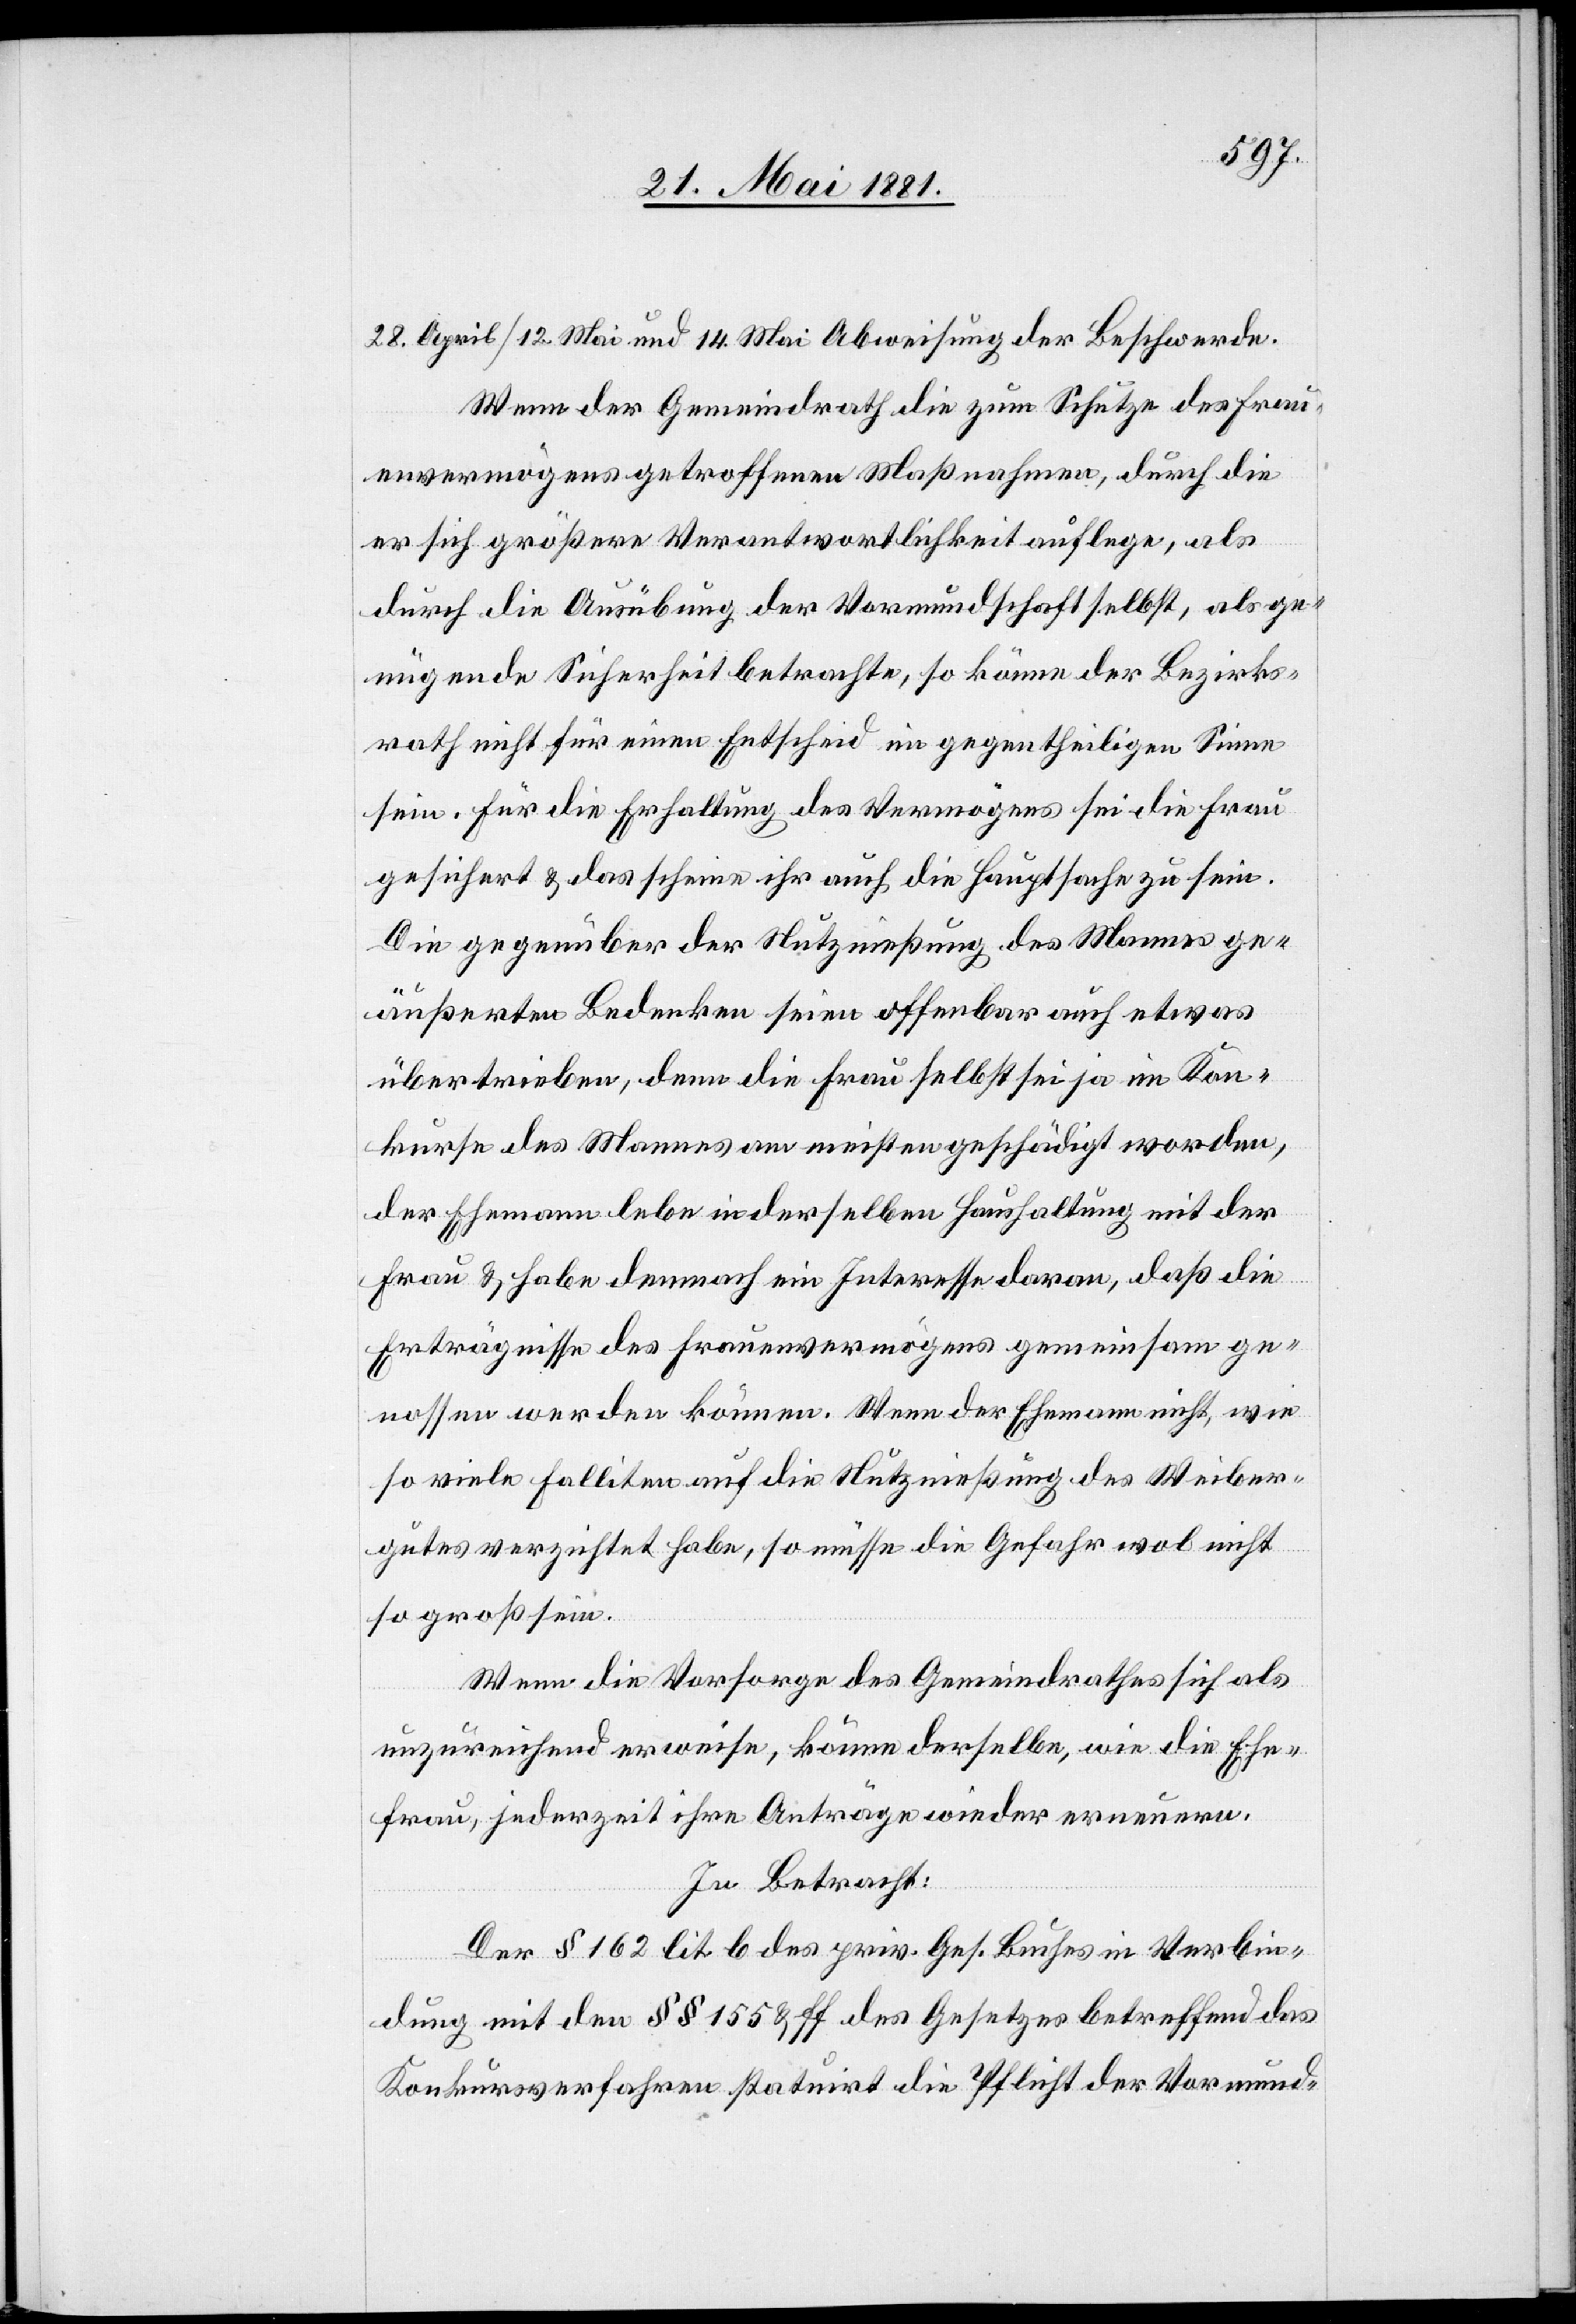
28. April/12. Mai und 14. Mai Abweisung der Beschwerde.
Wenn der Gemeindrath die zum Schutze des Frau¬
envermögens getroffenen Maßnahmen, durch die
er sich größere Verantwortlichkeit auflege, als
durch die Ausübung der Vormundschaft selbst, als ge¬
nügende Sicherheit betrachte, so könne der Bezirks¬
rath nicht für einen Entscheid im gegentheiligen Sinne
sein. Für die Erhaltung des Vermögens sei die Frau
gesichert & das scheine ihr auch die Hauptsache zu sein.
Die gegenüber der Nutznießung des Mannes ge¬
äußerten Bedenken seien offenbar auch etwas
übertrieben, denn die Frau selbst sei ja im Kon¬
kurse des Mannes am meisten geschädigt worden,
der Ehemann lebe in der selben Haushaltung mit der
Frau & habe demnach ein Interesse daran, daß die
Erträgnisse des Frauenvermögens gemeinsam ge¬
nossen werden können. Wenn der Ehemann nicht, wie
so viele Falliten auf die Nutznießung des Weiber¬
gutes verzichtet habe, so müsse die Gefahr wol nicht
so groß sein.
Wenn die Vorsorge des Gemeindrathes sich als
unzureichend erweise, könne derselbe, wie die Ehe¬
frau, jederzeit ihre Anträge wieder erneuern.
In Betracht:
Der § 162 lit. b des priv. Ges. Buches in Verbin¬
dung mit den §§ 155 & ff des Gesetzes betreffend das
Konkursverfahren statuirt die Pflicht der Vormund-